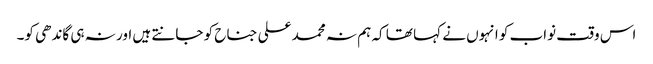
اس وقت نواب کو انہوں نے کہا تھا کہ ہم نہ محمد علی جناح کو جانتے ہیں اور نہ ہی گاندھی کو۔